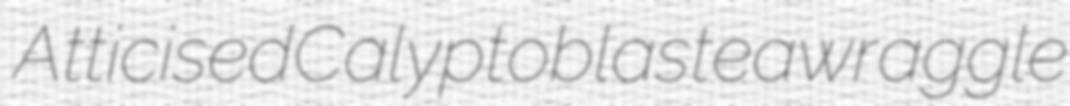
Atticised Calyptoblastea wraggle